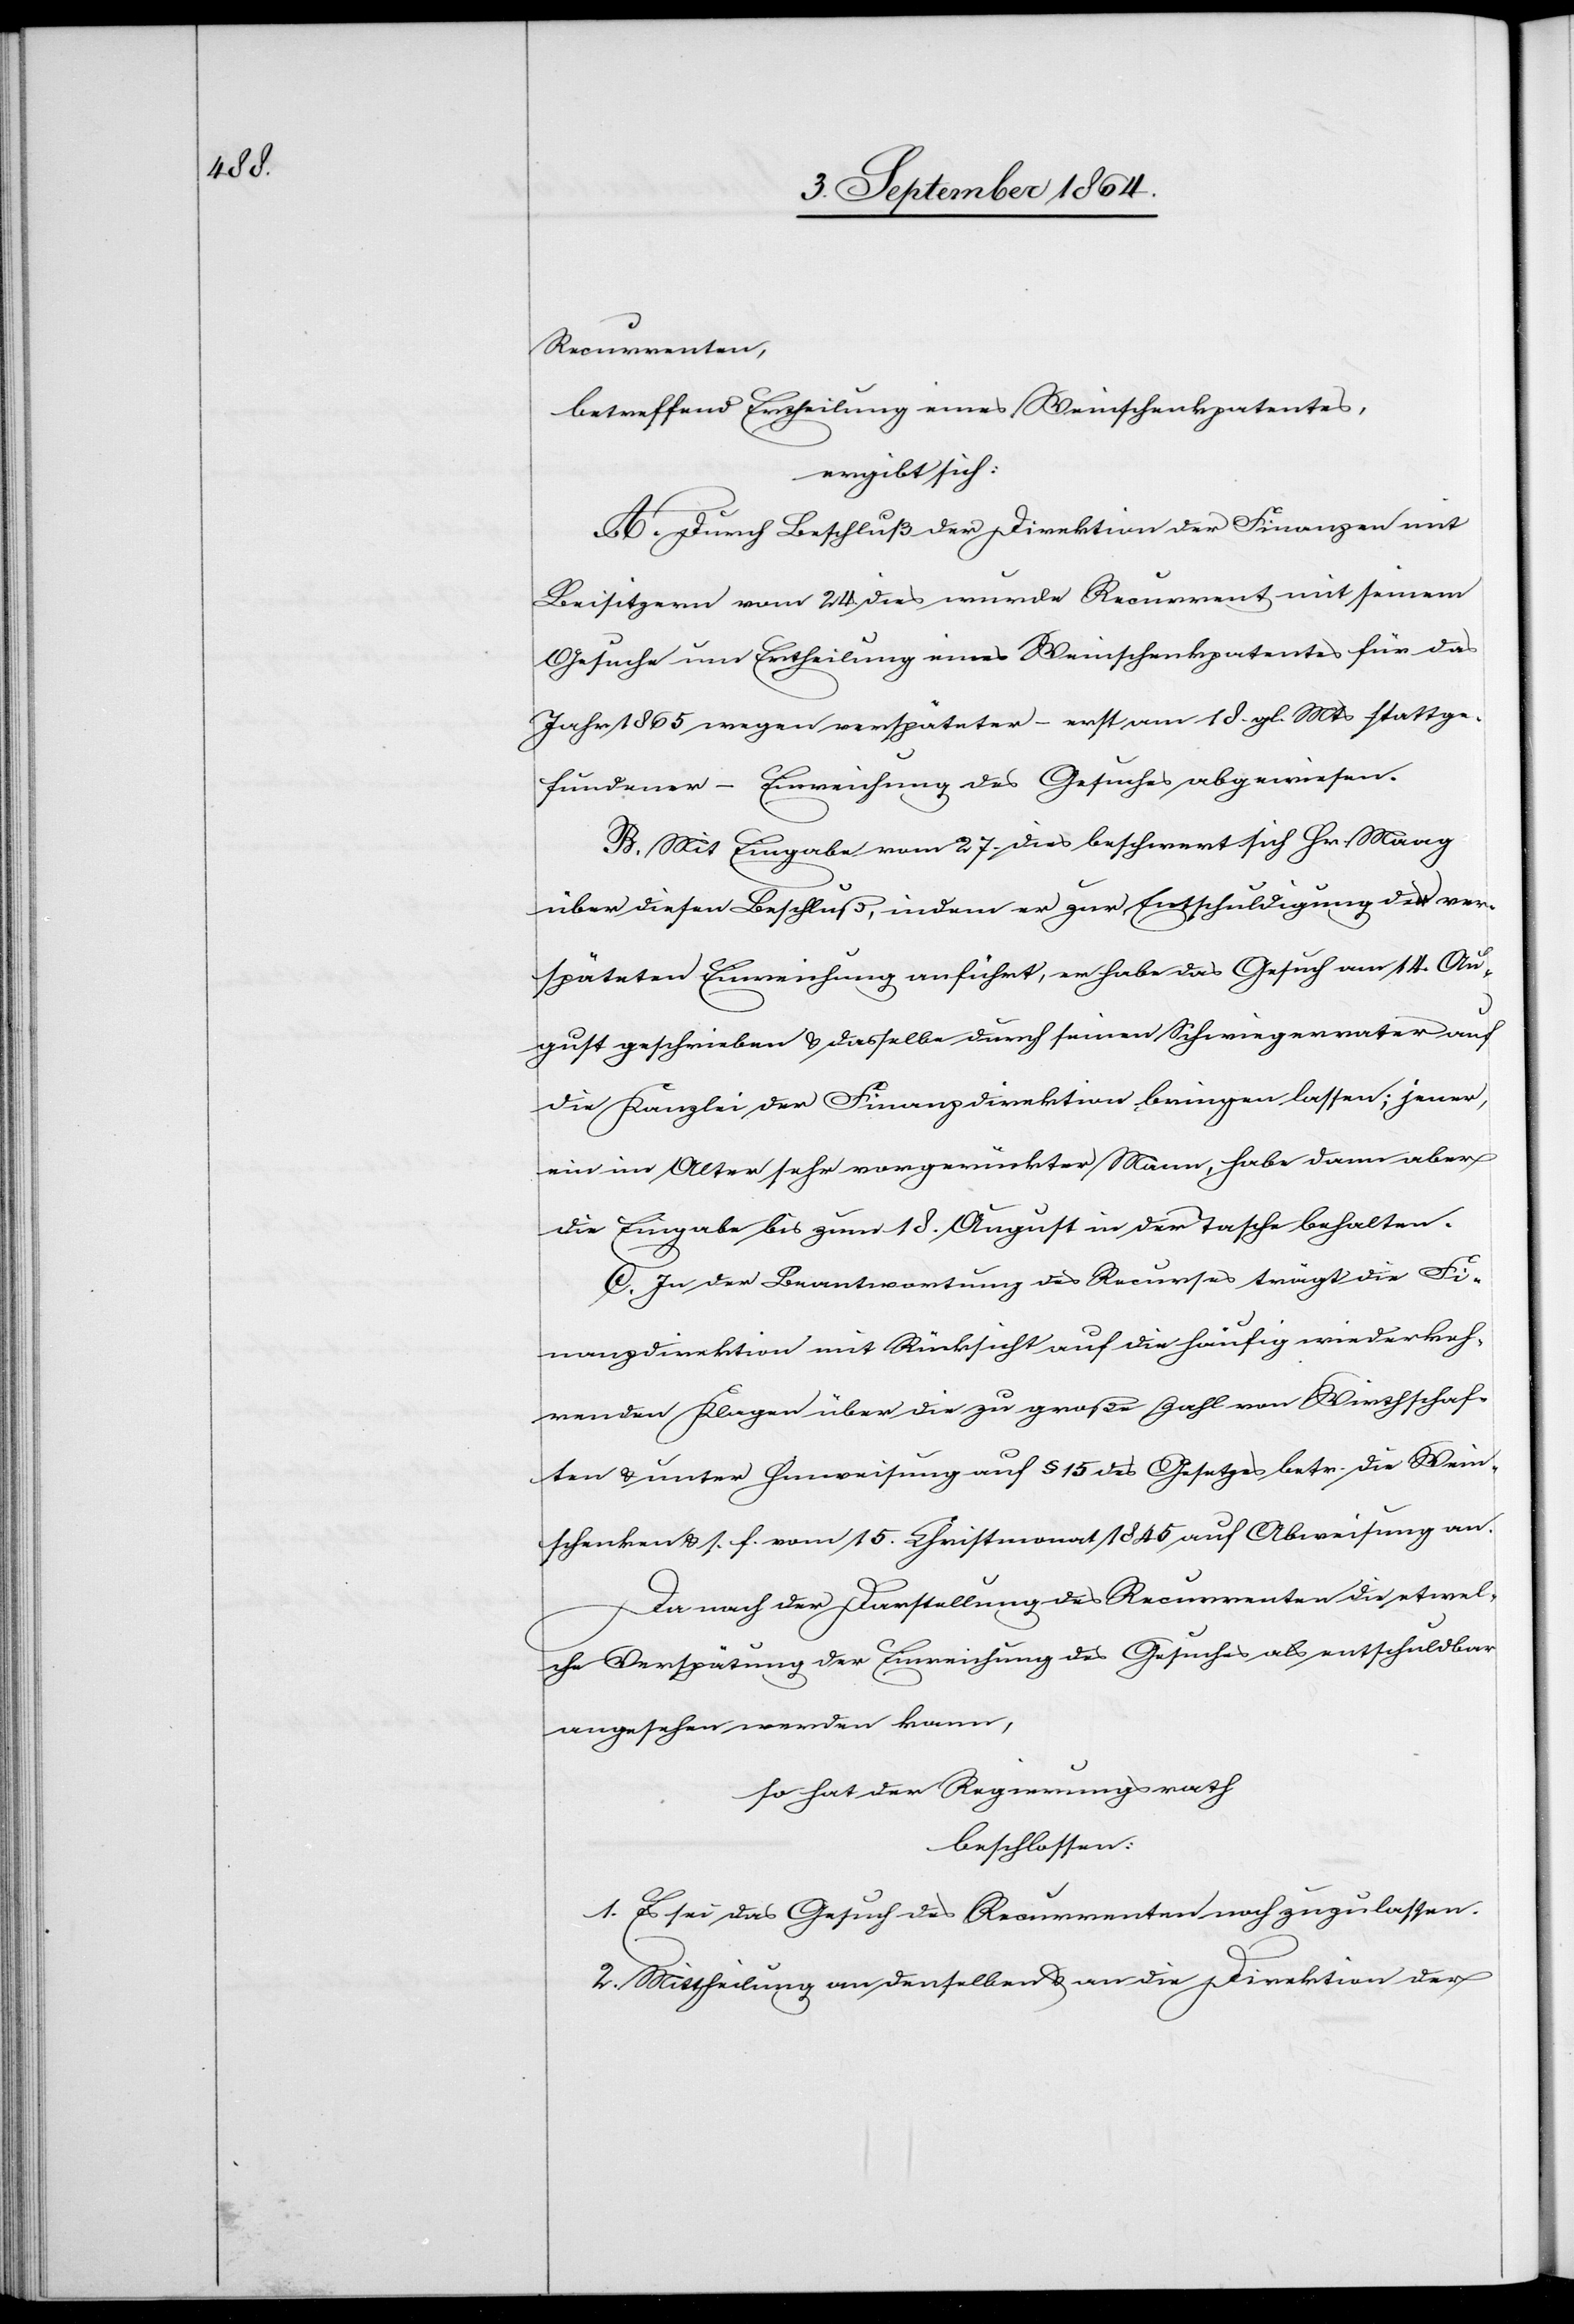
Recurrenten,
betreffend Ertheilung eines Weinschenkpatentes,
ergibt sich:
A. Durch Beschluß der Direktion der Finanzen mit
Beisitzern vom 24. dies wurde Recurrent mit seinem
Gesuche um Ertheilung eines Weinschenkpatentes für das
Jahr 1865 wegen verspäteter – erst am 18. gl. Mts. stattge¬
fundener – Einreichung des Gesuches abgewiesen.
B. Mit Eingabe vom 27. dies beschwert sich Hr. Maag
über diesen Beschluß, indem er zur Entschuldigung der ver¬
späteten Einreichung anführt, er habe das Gesuch am 14. Au¬
gust geschrieben & dasselbe durch seinen Schwiegervater auf
die Kanzlei der Finanzdirektion bringen lassen; jener,
ein im Alter sehr vorgerückter Mann, habe dann aber
die Eingabe bis zum 18. August in der Tasche behalten.
C. In der Beantwortung des Recurses trägt die Fi¬
nanzdirektion mit Rücksicht auf die häufig wiederkeh¬
renden Klagen über die zu große Zahl von Wirthschaf¬
ten & unter Hinweisung auf § 15 des Gesetzes betr. die Wein¬
schenken & s. f. vom 15. Christmonat 1845 auf Abweisung an.
Da nach der Darstellung des Recurrenten die etwel¬
che Verspätung der Einreichung des Gesuches als entschuldbar
angesehen werden kann,
so hat der Regierungsrath
beschlossen:
1. Es sei das Gesuch des Recurrenten noch zuzulassen.
2. Mittheilung an denselben & an die Direktion der